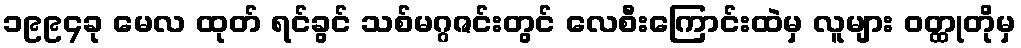
၁၉၉၄ခု မေလ ထုတ် ရင်ခွင် သစ်မဂ္ဂဇင်းတွင် လေစီးကြောင်းထဲမှ လူများ ဝတ္ထုတိုမှ